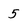
Character: 5